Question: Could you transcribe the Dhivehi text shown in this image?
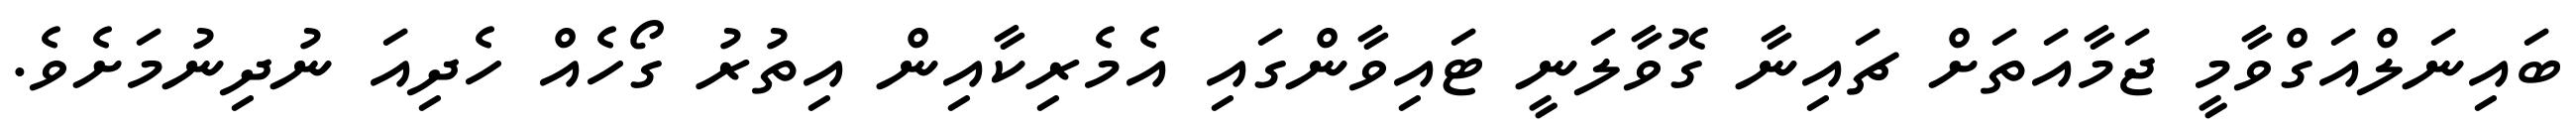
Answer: ބައިނަލްއަގްވާމީ ޖަމާއަތަށް ޗައިނާ ގޮވާލަނީ ޓައިވާންގައި އެމެރިކާއިން އިތުރު ގޯހެއް ހެދިއަ ނުދިނުމަށެވެ.